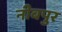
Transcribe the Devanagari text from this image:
नीबपुर